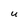
Character: U